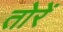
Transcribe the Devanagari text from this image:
तोरें